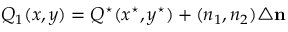
Q _ { 1 } ( x , y ) = Q ^ { \star } ( x ^ { \star } , y ^ { \star } ) + ( n _ { 1 } , n _ { 2 } ) \triangle \mathbf { n }